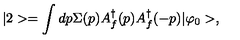
| 2 > = \int d p \Sigma ( p ) A _ { f } ^ { \dagger } ( p ) A _ { f } ^ { \dagger } ( - p ) | \varphi _ { 0 } > ,